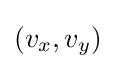
(v_{x},v_{y})